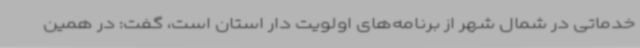
خدماتی در شمال شهر از برنامه‌های اولویت دار استان است، گفت: در همین